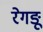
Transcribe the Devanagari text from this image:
रेगङू